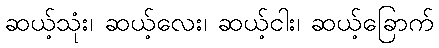
ဆယ့်သုံး၊ ဆယ့်လေး၊ ဆယ့်ငါး၊ ဆယ့်ခြောက်